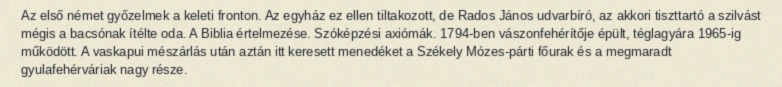
Az első német győzelmek a keleti fronton. Az egyház ez ellen tiltakozott, de Rados János udvarbíró, az akkori tiszttartó a szilvást mégis a bacsónak ítélte oda. A Biblia értelmezése. Szóképzési axiómák. 1794-ben vászonfehérítője épült, téglagyára 1965-ig működött. A vaskapui mészárlás után aztán itt keresett menedéket a Székely Mózes-párti főurak és a megmaradt gyulafehérváriak nagy része.